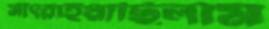
সাঁৎরাইয়াছিলাম